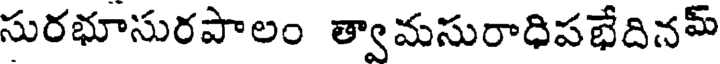
సురభూసురపాలం త్వామసురాధిపభేదినమ్